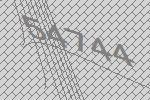
54744